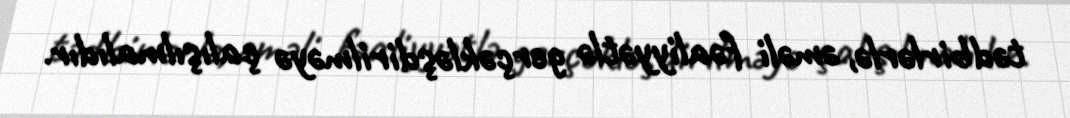
tədbirlərlə, əməli fəaliyyətlə gerçəkləşdirilməyə çalışılmalıdır.